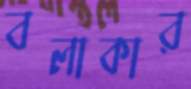
বলাকার